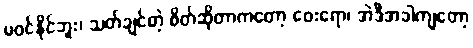
မဝင်နိုင်ဘူး၊ သတ်ချင်တဲ့ စိတ်ဆိုတာကတော့ ဝေးရော၊ အဲဒီအခါကျတော့